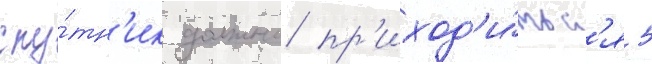
спу́тн'ик должно пр'иход'и́тьс'я 5